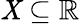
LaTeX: \mathit{X}\subseteq\mathbb{{R}}